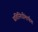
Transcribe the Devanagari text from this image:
प्रतिनिधींमार्फत